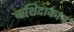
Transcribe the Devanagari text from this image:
कशिदाकाम